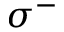
\sigma ^ { - }